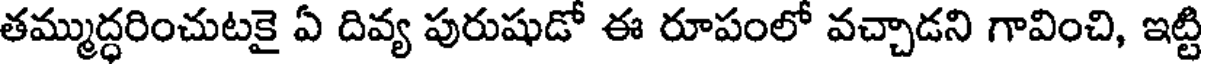
తమ్ముద్ధరించుటకై ఏ దివ్య పురుషుడో ఈ రూపంలో వచ్చాడని గావించి, ఇట్టి